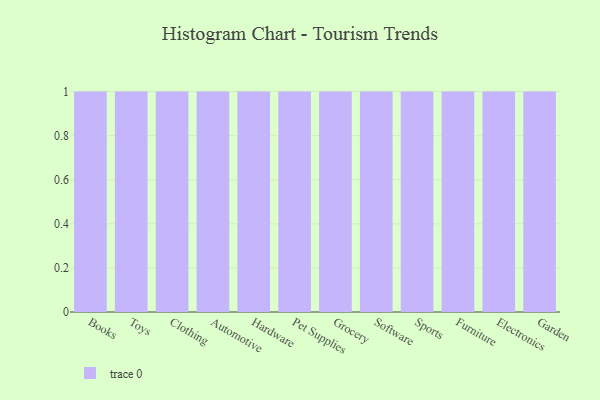
{"axis": {"x": "Category", "y": "Operating Costs (USD K)"}, "legend": [""], "data": [{"x": "Books", "y": 89, "type": ""}, {"x": "Toys", "y": 65, "type": ""}, {"x": "Clothing", "y": 11, "type": ""}, {"x": "Automotive", "y": 14, "type": ""}, {"x": "Hardware", "y": 38, "type": ""}, {"x": "Pet Supplies", "y": 11, "type": ""}, {"x": "Grocery", "y": 94, "type": ""}, {"x": "Software", "y": 34, "type": ""}, {"x": "Sports", "y": 39, "type": ""}, {"x": "Furniture", "y": 59, "type": ""}, {"x": "Electronics", "y": 60, "type": ""}, {"x": "Garden", "y": 29, "type": ""}]}